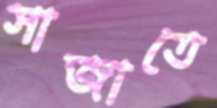
সাজাতে